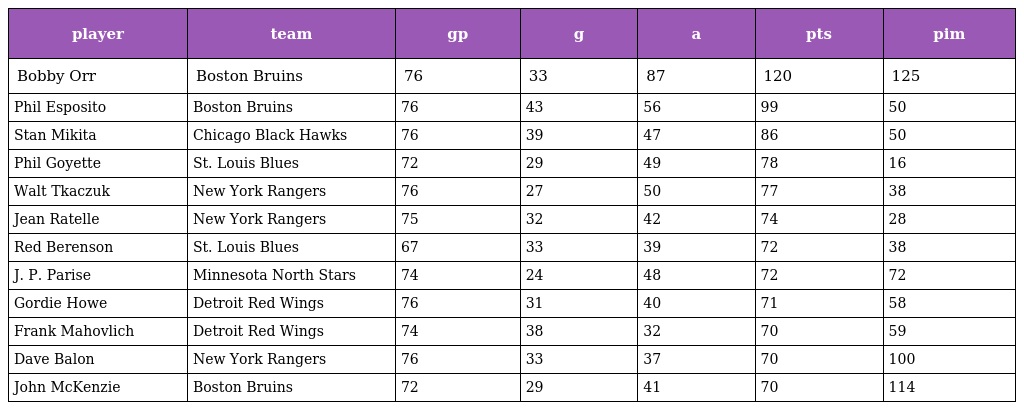
| player | team | gp | g | a | pts | pim |
 | --- | --- | --- | --- | --- | --- | --- |
 | Bobby Orr | Boston Bruins | 76 | 33 | 87 | 120 | 125 |
 | Phil Esposito | Boston Bruins | 76 | 43 | 56 | 99 | 50 |
 | Stan Mikita | Chicago Black Hawks | 76 | 39 | 47 | 86 | 50 |
 | Phil Goyette | St. Louis Blues | 72 | 29 | 49 | 78 | 16 |
 | Walt Tkaczuk | New York Rangers | 76 | 27 | 50 | 77 | 38 |
 | Jean Ratelle | New York Rangers | 75 | 32 | 42 | 74 | 28 |
 | Red Berenson | St. Louis Blues | 67 | 33 | 39 | 72 | 38 |
 | J. P. Parise | Minnesota North Stars | 74 | 24 | 48 | 72 | 72 |
 | Gordie Howe | Detroit Red Wings | 76 | 31 | 40 | 71 | 58 |
 | Frank Mahovlich | Detroit Red Wings | 74 | 38 | 32 | 70 | 59 |
 | Dave Balon | New York Rangers | 76 | 33 | 37 | 70 | 100 |
 | John McKenzie | Boston Bruins | 72 | 29 | 41 | 70 | 114 |